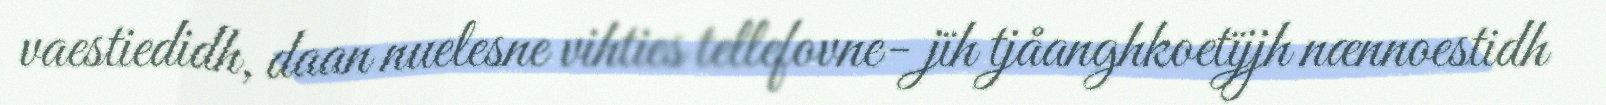
vaestiedidh, daan nuelesne vihties tellefovne- jïh tjåanghkoetïjjh nænnoestidh